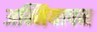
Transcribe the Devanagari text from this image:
अम्मियापन